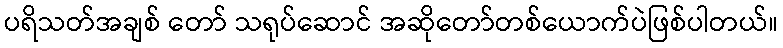
ပရိသတ်အချစ် တော် သရုပ်ဆောင် အဆိုတော်တစ်ယောက်ပဲဖြစ်ပါတယ်။